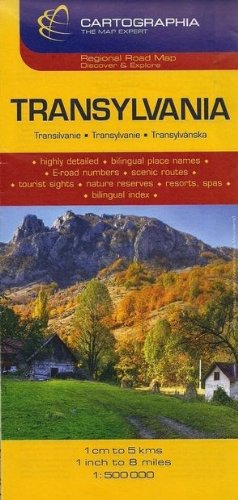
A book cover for Transylvania Map by Cartographia (Travel Map); Cartographia; Travel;